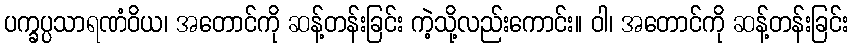
ပက္ခပ္ပသာရဏံဝိယ၊ အတောင်ကို ဆန့်တန်းခြင်း ကဲ့သို့လည်းကောင်း။ ဝါ၊ အတောင်ကို ဆန့်တန်းခြင်း